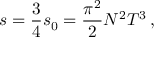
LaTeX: s = \frac 3 4 s _ { 0 } = \frac { \pi ^ { 2 } } 2 N ^ { 2 } T ^ { 3 } \, ,